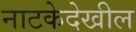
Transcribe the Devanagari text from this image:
नाटकेदेखील